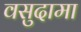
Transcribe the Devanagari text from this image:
वसुदामा